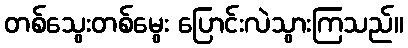
တစ်သွေးတစ်မွေး ပြောင်းလဲသွားကြသည်။